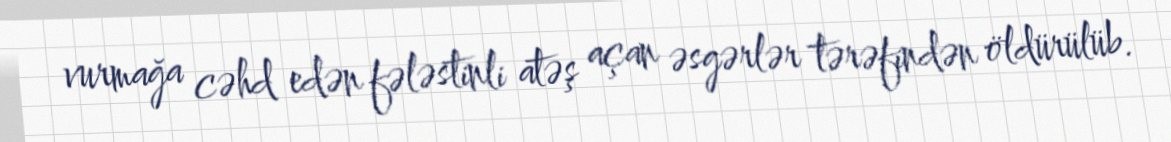
vurmağa cəhd edən fələstinli atəş açan əsgərlər tərəfindən öldürülüb.